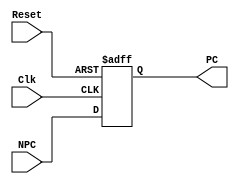
`timescale 1ns/10ps 
//PC
module pc(NPC, Clk, Reset, PC);
//PC
input [31: 0] NPC;
//
input Clk;
//
input Reset;
//
output reg [31: 0] PC;

//
initial begin
    PC = 32'h0000_3000;
end

always @ (posedge Clk or posedge Reset) begin
    if (Reset == 1'b1) begin
        //
        PC <= 32'h0000_3000;
    end
    else begin
        // pc
        PC <= NPC;
    end
end

endmodule